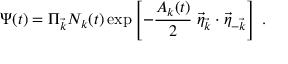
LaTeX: \Psi ( t ) = \Pi _ { \vec { k } } { \cal { N } } _ { k } ( t ) \exp \left[ - \frac { A _ { k } ( t ) } { 2 } \; \vec { \eta } _ { \vec { k } } \cdot \vec { \eta } _ { - \vec { k } } \right] \; .